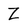
Character: Z